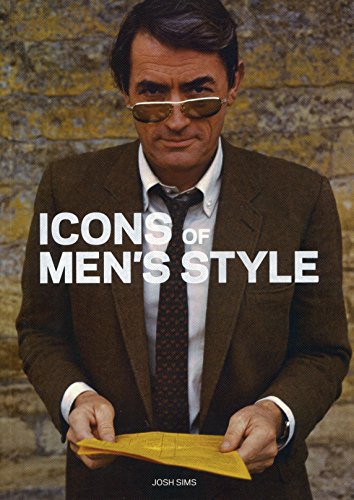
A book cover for Icons of Men's Style; Josh Sims; Arts & Photography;